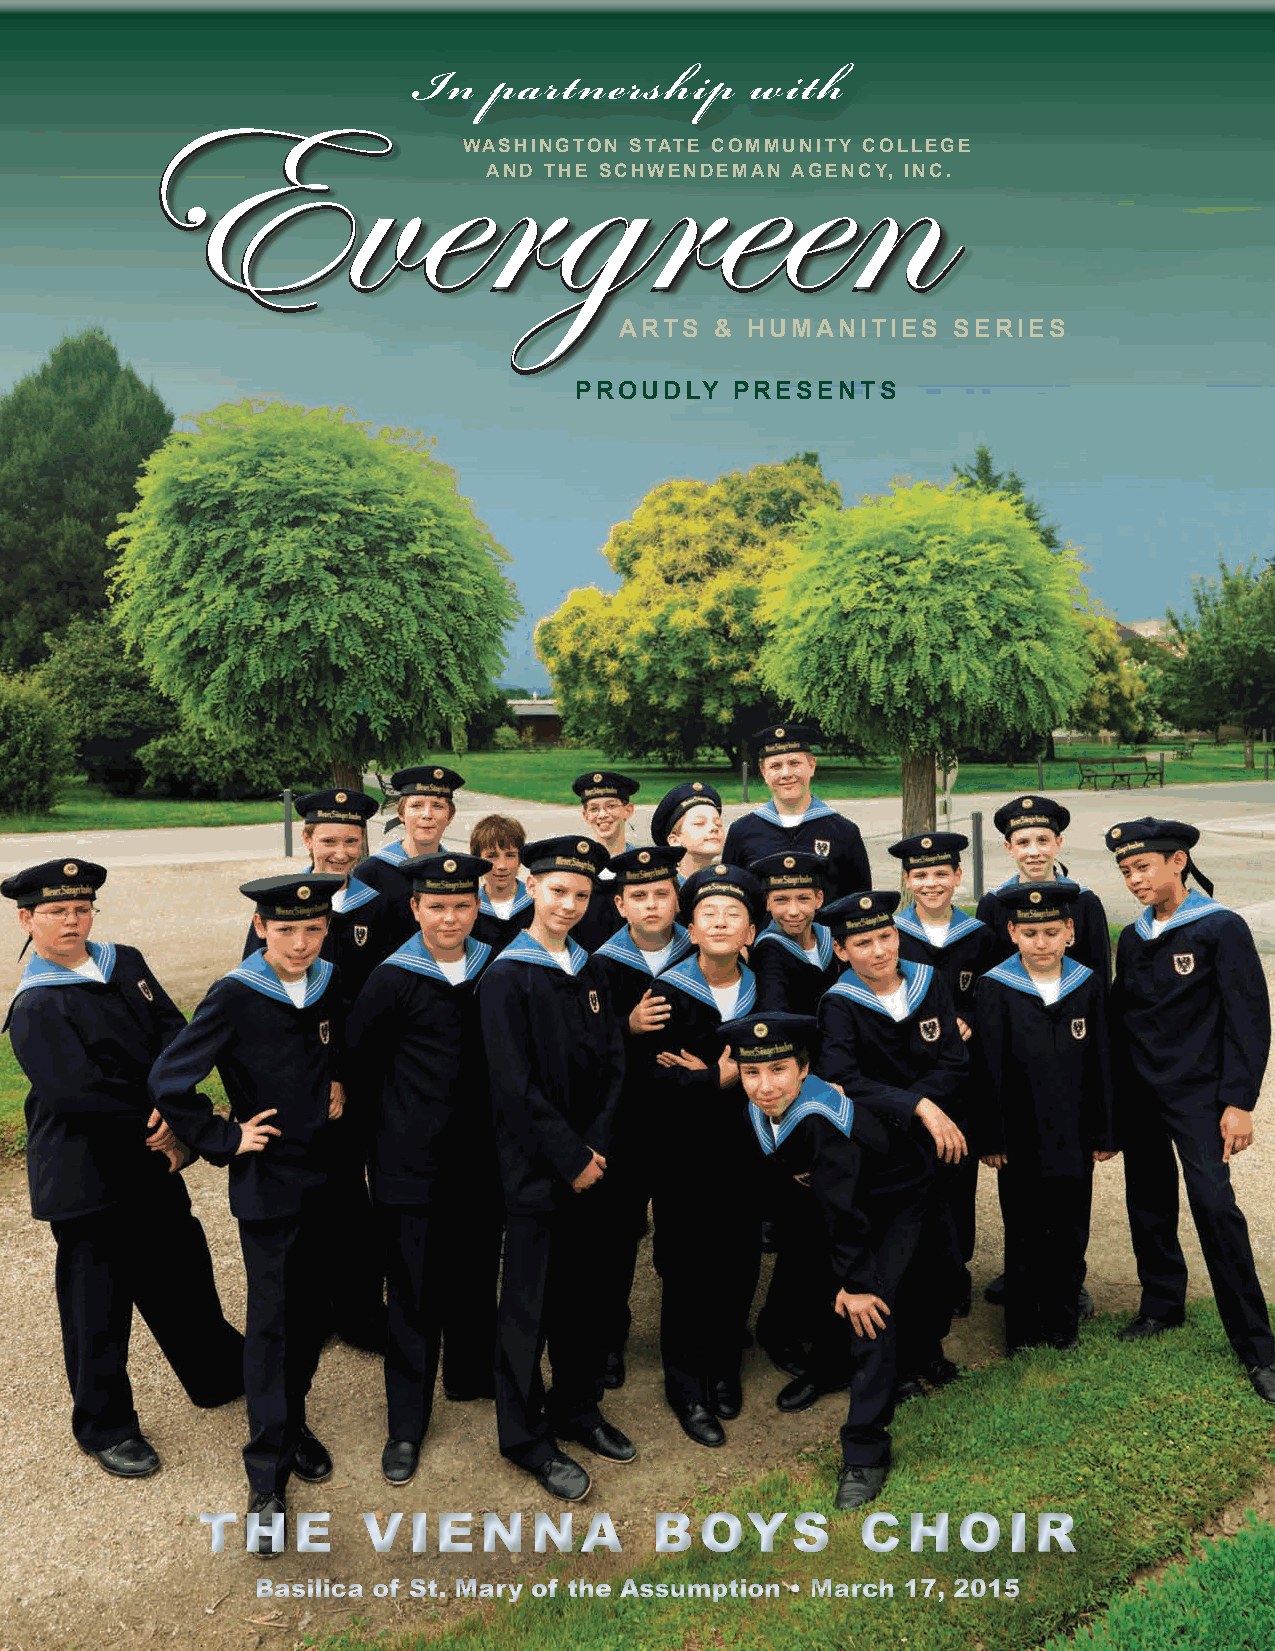
In    partnership      with
 WASHINGTON STATE COMMUNITY COLLEGE
 AND THE SCHWENDEMAN AGENCY, INC.
 ARTS  & HUMANITIES    SERIES
 PROUDLY    PRESENTS
 THE        VIENNA             BOYS          CHOIR
 Basilica of St. Mary of the Assumption • March 17, 2015